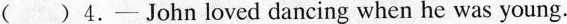
( )4.—— John loved dancing when he was young.